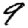
Digit: 9